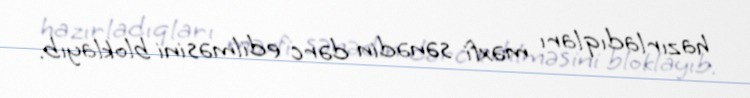
hazırladıqları məxfi sənədin dərc edilməsini bloklayıb.